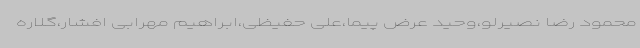
محمود رضا نصیرلو،وحید عرض پیما،علی حفیظی،ابراهیم مهرابی افشار،گلاره